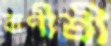
বাণীশ্রী